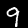
Digit: 9